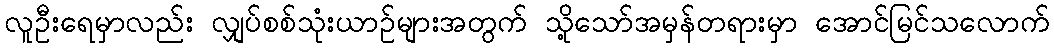
လူဦးရေမှာလည်း လျှပ်စစ်သုံးယာဉ်များအတွက် သို့သော်အမှန်တရားမှာ အောင်မြင်သလောက်